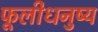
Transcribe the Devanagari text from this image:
फूलीधनुष्य